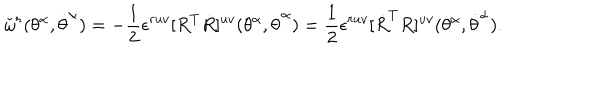
{ \check { \omega } } ^ { r } ( \theta ^ { \alpha } , \dot { \theta } ^ { \alpha } ) = - { \frac { 1 } { 2 } } \epsilon ^ { r u v } [ R ^ { T } \dot { R } ] ^ { u v } ( \theta ^ { \alpha } , \dot { \theta } ^ { \alpha } ) = { \frac { 1 } { 2 } } \epsilon ^ { r u v } [ { \dot { R } } ^ { T } R ] ^ { u v } ( \theta ^ { \alpha } , \dot { \theta } ^ { \alpha } ) .